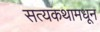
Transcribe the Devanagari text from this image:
सत्यकथामधून